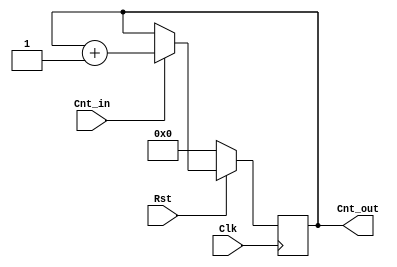
module Simple_Counter (Cnt_in,Cnt_out,Clk,Rst);
input Cnt_in,Clk,Rst;
output [3:0] Cnt_out;
reg [3:0] Cnt_out;
always@(posedge Clk)
 begin
  if (Rst==0)
   begin
    Cnt_out<=4'b0000;
   end
  else
   begin
    if (Cnt_in==1)
     begin
      Cnt_out<=Cnt_out+1;
     end
    end
 end
endmodule